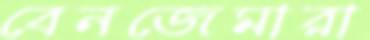
বেনজেমারা